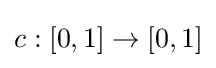
c:[0,1]\to [0,1]